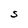
Character: S